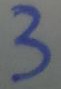
3